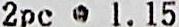
2PC @ 1.15